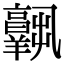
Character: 𦏧